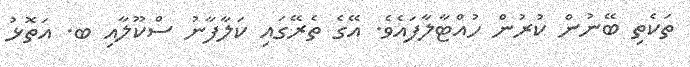
ތަކެތި ބޭނުން ކުރުން ހުއްޓާލާފައެވެ. އޭގެ ތެރޭގައި ކަލާފާނު ސްކޫލާއި ބ. އަތޮޅު